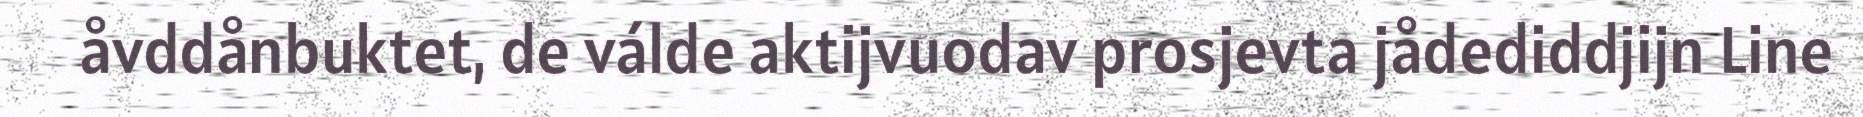
åvddånbuktet, de válde aktijvuodav prosjevta jådediddjijn Line